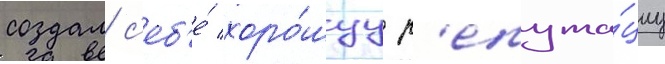
создал с'еб'е́ хоро́шуу р'епута́циу